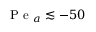
\mathrm { ~ P ~ e ~ } _ { a } \lesssim - 5 0